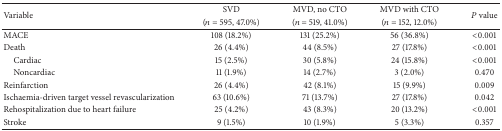
<table><thead><tr><td rowspan="2"><b>Variable</b></td><td><b>SVD</b></td><td><b>MVD, no CTO</b></td><td><b>MVD with CTO </b></td><td rowspan="2"><b><i>P</i> value</b></td></tr><tr><td><b> (<i>n</i> = 595, 47.0%)</b></td><td><b> (<i>n</i> = 519, 41.0%)</b></td><td><b> (<i>n</i> = 152, 12.0%)</b></td></tr></thead><tbody><tr><td>MACE</td><td>108 (18.2%)</td><td>131 (25.2%)</td><td>56 (36.8%)</td><td>&lt;0.001</td></tr><tr><td>Death</td><td>26 (4.4%)</td><td>44 (8.5%)</td><td>27 (17.8%)</td><td>&lt;0.001</td></tr><tr><td> Cardiac</td><td>15 (2.5%)</td><td>30 (5.8%)</td><td>24 (15.8%)</td><td>&lt;0.001</td></tr><tr><td> Noncardiac</td><td>11 (1.9%)</td><td>14 (2.7%)</td><td>3 (2.0%)</td><td>0.470</td></tr><tr><td>Reinfarction</td><td>26 (4.4%)</td><td>42 (8.1%)</td><td>15 (9.9%)</td><td>0.009</td></tr><tr><td>Ischaemia-driven target vessel revascularization</td><td>63 (10.6%)</td><td>71 (13.7%)</td><td>27 (17.8%)</td><td>0.042</td></tr><tr><td>Rehospitalization due to heart failure</td><td>25 (4.2%)</td><td>43 (8.3%)</td><td>20 (13.2%)</td><td>&lt;0.001</td></tr><tr><td>Stroke</td><td>9 (1.5%)</td><td>10 (1.9%)</td><td>5 (3.3%)</td><td>0.357</td></tr></tbody></table>